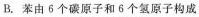
B. 苯由 6 个碳原子和 6 个氢原子构成